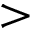
>